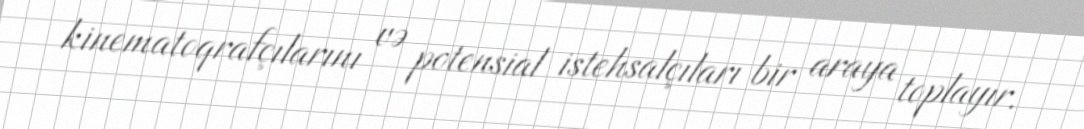
kinematoqrafçılarını və potensial istehsalçıları bir araya toplayır.